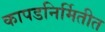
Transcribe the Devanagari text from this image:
कापडनिर्मितीत